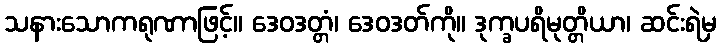
သနားသောကရုဏာဖြင့်။ ဒေဝဒတ္တံ၊ ဒေဝဒတ်ကို။ ဒုက္ခပရိမုတ္တိယာ၊ ဆင်းရဲမှ